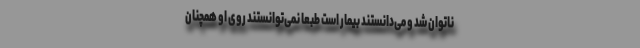
ناتوان شد و می‌دانستند بیمار است طبعاً نمی‌توانستند روی او همچنان